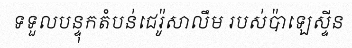
ទទួលបន្ទុកតំបន់ជេរ៉ូសាលឹម របស់ប៉ាឡេស្ទីន